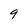
Character: q